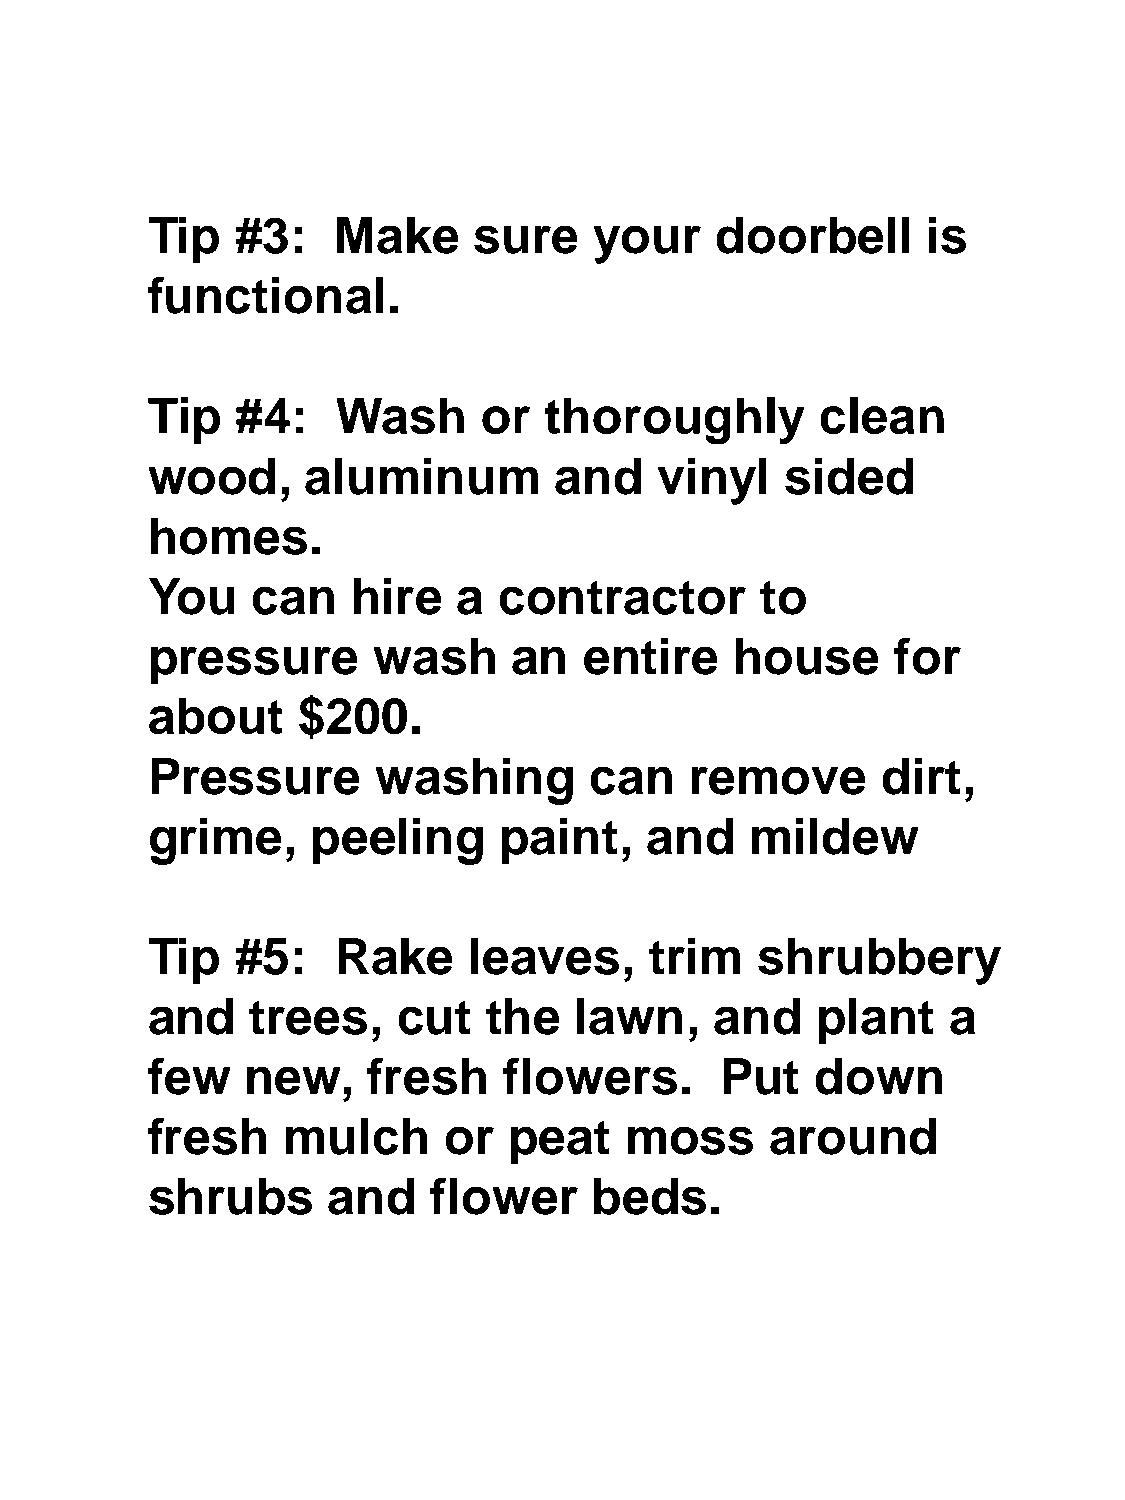
Tip   #3:   Make     sure    your    doorbell      is
 functional.
 Tip   #4:   Wash      or  thoroughly        clean
 wood,     aluminum         and    vinyl   sided
 homes.
 You    can   hire   a  contractor       to
 pressure       wash     an   entire    house     for
 about     $200.
 Pressure       washing       can    remove      dirt,
 grime,     peeling     paint,    and    mildew
 Tip   #5:   Rake     leaves,     trim   shrubbery
 and    trees,   cut   the   lawn,    and    plant    a
 few   new,    fresh    flowers.       Put   down
 fresh    mulch     or   peat   moss      around
 shrubs      and    flower    beds.